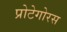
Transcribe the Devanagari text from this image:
प्रोटेगोरस